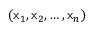
( \mathsf { x } _ { 1 } , \mathsf { x } _ { 2 } , \ldots , \mathsf { x } _ { n } )